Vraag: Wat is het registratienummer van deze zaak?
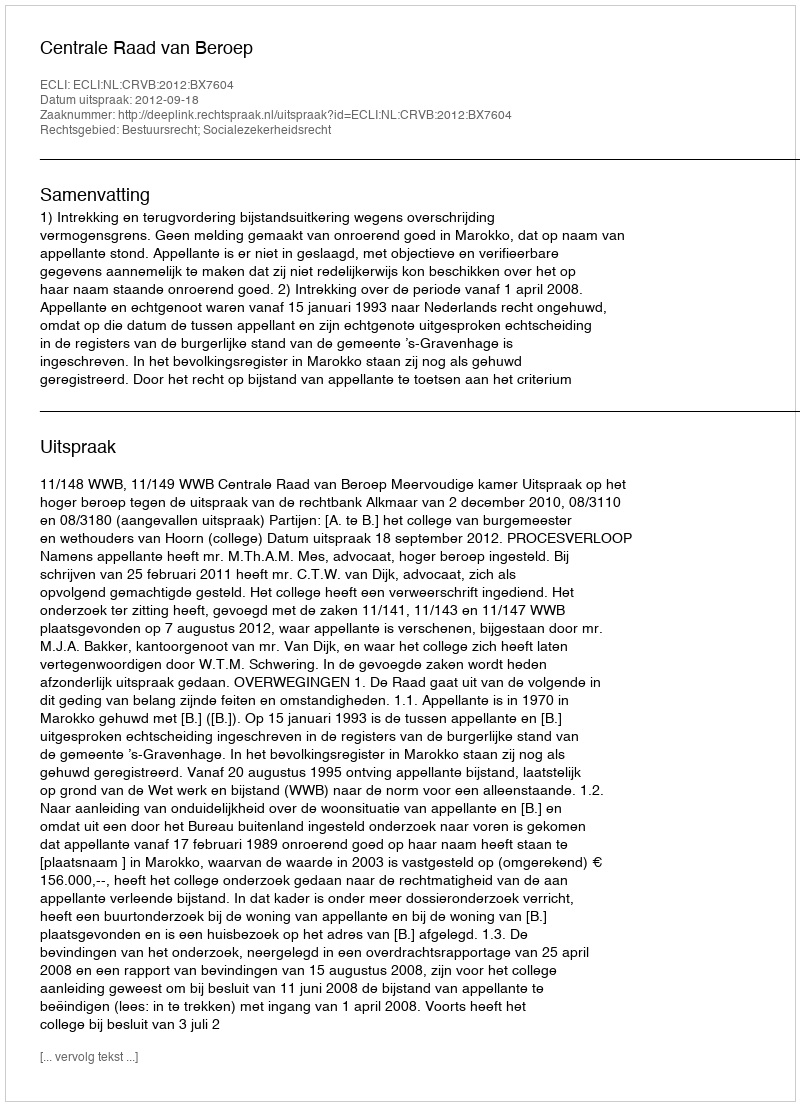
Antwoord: http://deeplink.rechtspraak.nl/uitspraak?id=ECLI:NL:CRVB:2012:BX7604